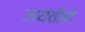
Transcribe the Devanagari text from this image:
जयंतीने